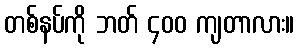
တစ်နပ်ကို ဘတ် ၄၀၀ ကျတာလား။